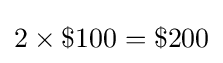
2\times \$100=\$200